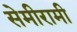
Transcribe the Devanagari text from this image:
सेमीरामी